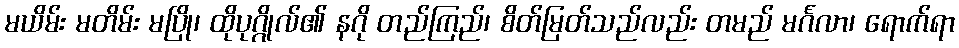
မယိမ်း မတိမ်း မပြို၊ ထိုပုဂ္ဂိုလ်၏ နဂို တည်ကြည်၊ စိတ်မြတ်သည်လည်း တမည် မင်္ဂလာ၊ ရောက်ရာ